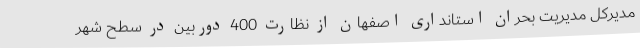
مدیرکل مدیریت بحران استانداری اصفهان از نظارت 400 دوربین در سطح شهر